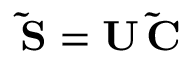
\mathbf { \tilde { S } } = \mathbf { U } \, \mathbf { \tilde { C } }